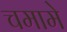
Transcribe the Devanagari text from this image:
चमामे